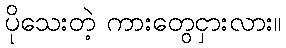
ပိုသေးတဲ့ ကားတွေငှားလား။